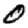
Digit: 0